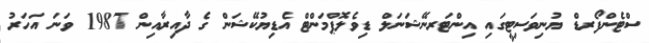
ސްޓެންފޯރޑް ޔުނިވަސިޓީގައި އިންޓަރނޭޝަނަލް ޑިވެލޮޕްމަންޓް އެޑިޔުކޭޝަން ގެ ދާއިރާއިން 1987 ވަނަ އަހަރު